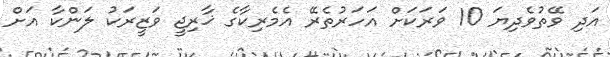
އަދި ވޭތުވެދިޔަ 10 ވަރަކަށް އަހަރުތެރޭ އެމެރިކާގެ ޚާރިޖީ ވަޒީރަކު ލަންކާ އަށް